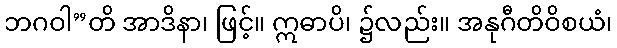
ဘဂဝါ”တိ အာဒိနာ၊ ဖြင့်။ ဣဓာပိ၊ ၌လည်း။ အနုဂီတိဝိစယံ၊